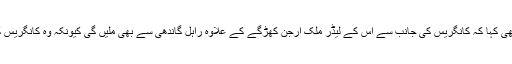
انہوں نے یہ بھی کہا کہ کانگریس کی جانب سے اس کے لیڈر ملک ارجن کھڑگے کے علاوہ راہل گاندھی سے بھی ملیں گی کیونکہ وہ کانگریس کے صدر ہیں۔